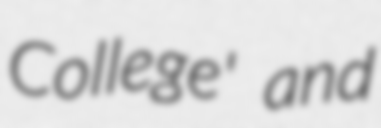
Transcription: College' and